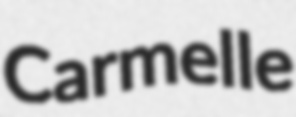
Carmelle